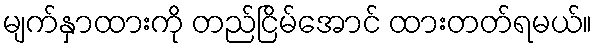
မျက်နှာထားကို တည်ငြိမ်အောင် ထားတတ်ရမယ်။